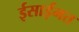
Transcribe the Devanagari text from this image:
ईसाईमत